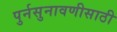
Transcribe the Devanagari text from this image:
पुर्नसुनावणीसाठी